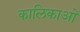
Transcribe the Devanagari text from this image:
कालिकाओं